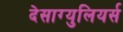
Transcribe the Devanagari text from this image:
देसाग्युलियर्स